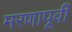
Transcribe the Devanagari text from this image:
मरणापूर्वी